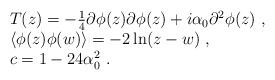
\begin{align*}\begin{array}{rcl}& & T(z) = -\frac{1}{4} \partial \phi(z) \partial \phi(z) + i \alpha_0 \partial^2 \phi(z)~,\\& &\langle\phi(z) \phi(w)\rangle= -2\ln (z - w)~,\\& &c = 1 - 24\alpha^2_0~.\end{array}\end{align*}